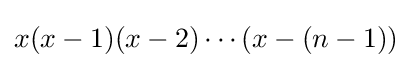
x(x-1)(x-2)\cdots (x-(n-1))